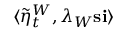
\langle \tilde { \eta } _ { t } ^ { W } , \lambda _ { W } \mathbf { s } \mathbf { i } \rangle